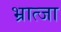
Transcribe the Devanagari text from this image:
भ्रात्जा